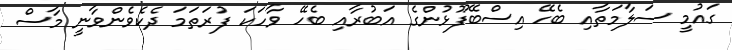
ގައުމީ ސަލާމަތާއި ބެހޭ އިސްބޭފޫޅުންގެ އަބުރާއި ބެހޭ ވާހަކަ ފުރަތަމަ ދެކެވެންވާނީ މާސް